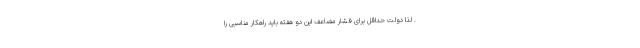
. لذا دولت حداقل برای فشار مضاعف این دو هفته باید راهکار مناسبی را